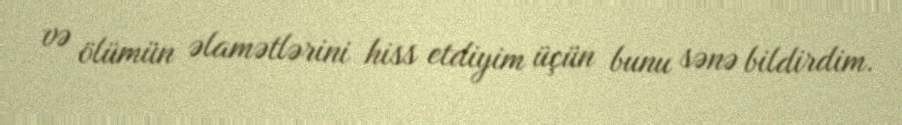
və ölümün əlamətlərini hiss etdiyim üçün bunu sənə bildirdim.